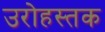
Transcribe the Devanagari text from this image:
उरोहस्तक